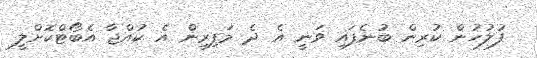
ފުލުހުން ކުރިން ބުނެފައި ވަނީ އެ ދެ މަފިރިން އެ ކުއްޖާ އެބޯޓްކޮށްލީ